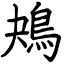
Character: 鴂